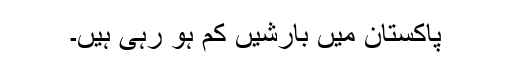
پاکستان میں بارشیں کم ہو رہی ہیں۔